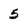
Character: 5